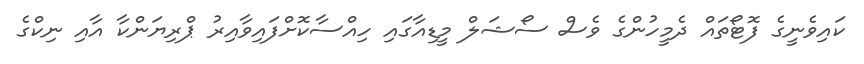
ކައިވެނީގެ ފޮޓޯތައް ދެމީހުންގެ ވެސް ސޯޝަލް މީޑިއާގައި ހިއްސާކޮށްފައިވާއިރު ޕްރިޔަންކާ އާއި ނިކްގެ